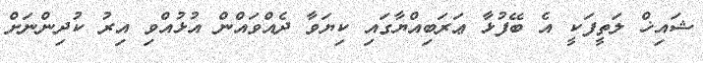
ޝައިޚް ލަތީފަކީ އެ ބޭފުޅާ ޢަރަބިއްޔާގައި ކިޔަވާ ދެއްވައްން އުޅުއްވި އިރު ކުދިންނަށް